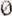
0